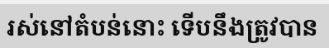
រស់នៅតំបន់នោះ ទើបនឹងត្រូវបាន